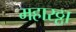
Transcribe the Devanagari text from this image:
महारठ्ठा